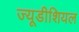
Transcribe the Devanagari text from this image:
ज्यूडीशियल